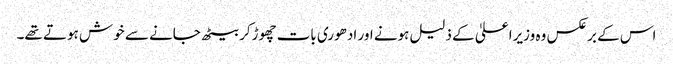
اس کے برعکس وہ وزیراعلیٰ کے ذلیل ہونے اور ادھوری بات چھوڑکر بیٹھ جانے سے خوش ہوتے تھے۔